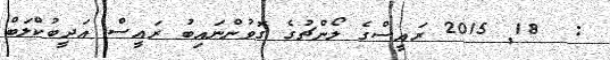
:  18